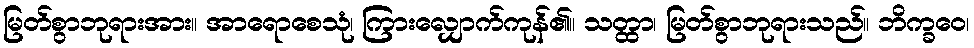
မြတ်စွာဘုရားအား။ အာရောစေသုံ၊ ကြားလျှောက်ကုန်၏။ သတ္ထာ၊ မြတ်စွာဘုရားသည်။ ဘိက္ခဝေ၊